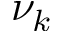
\nu _ { k }